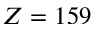
Z = 1 5 9